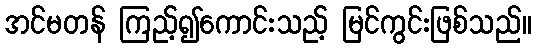
အင်မတန် ကြည့်၍ကောင်းသည့် မြင်ကွင်းဖြစ်သည်။